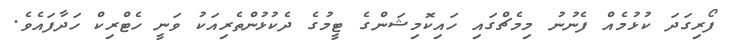
ފޯރިގަދަ ކުޅުމެއް ފެނުނު މިމެޗްގައި ހައިކޮމިޝަންގެ ޓީމުގެ ދެކުޅުންތެރިއަކު ވަނީ ހެޓްރިކް ހަދާފައެވެ.